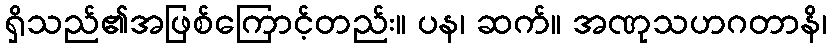
ရှိသည်၏အဖြစ်ကြောင့်တည်း။ ပန၊ ဆက်။ အဏုသဟဂတာနိ၊